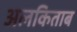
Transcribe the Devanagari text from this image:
अलकिताब